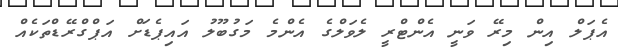
އެޕަލް އިން މިރޭ ވަނީ އެންޓްރީ ލެވަލްގެ އެންމެ މަގުބޫލު އައިޕެޑަށް އަޕްގްރޭޑްތަކެއް